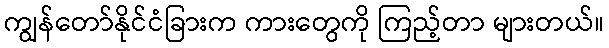
ကျွန်တော်နိုင်ငံခြားက ကားတွေကို ကြည့်တာ များတယ်။